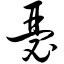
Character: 瑟